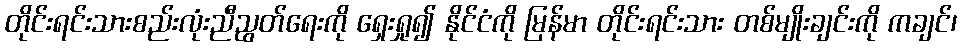
တိုင်းရင်းသားစည်းလုံးညီညွတ်ရေးကို ရှေးရှု၍ နိုင်ငံကို မြန်မာ တိုင်းရင်းသား တစ်မျိုးချင်းကို ကချင်၊